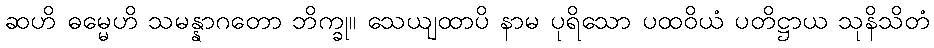
ဆဟိ ဓမ္မေဟိ သမန္နာဂတော ဘိက္ခု။ သေယျထာပိ နာမ ပုရိသော ပထဝိယံ ပတိဋ္ဌာယ သုနိသိတံ